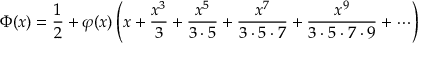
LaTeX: \Phi ( x ) = { \frac { 1 } { 2 } } + \varphi ( x ) \left( x + { \frac { x ^ { 3 } } { 3 } } + { \frac { x ^ { 5 } } { 3 \cdot 5 } } + { \frac { x ^ { 7 } } { 3 \cdot 5 \cdot 7 } } + { \frac { x ^ { 9 } } { 3 \cdot 5 \cdot 7 \cdot 9 } } + \cdots \right)